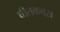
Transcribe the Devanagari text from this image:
चीतकबरा